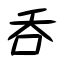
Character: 呑